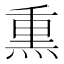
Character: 𤋱